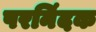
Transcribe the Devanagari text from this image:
परनिंदक